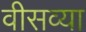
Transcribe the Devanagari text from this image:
वीसव्या